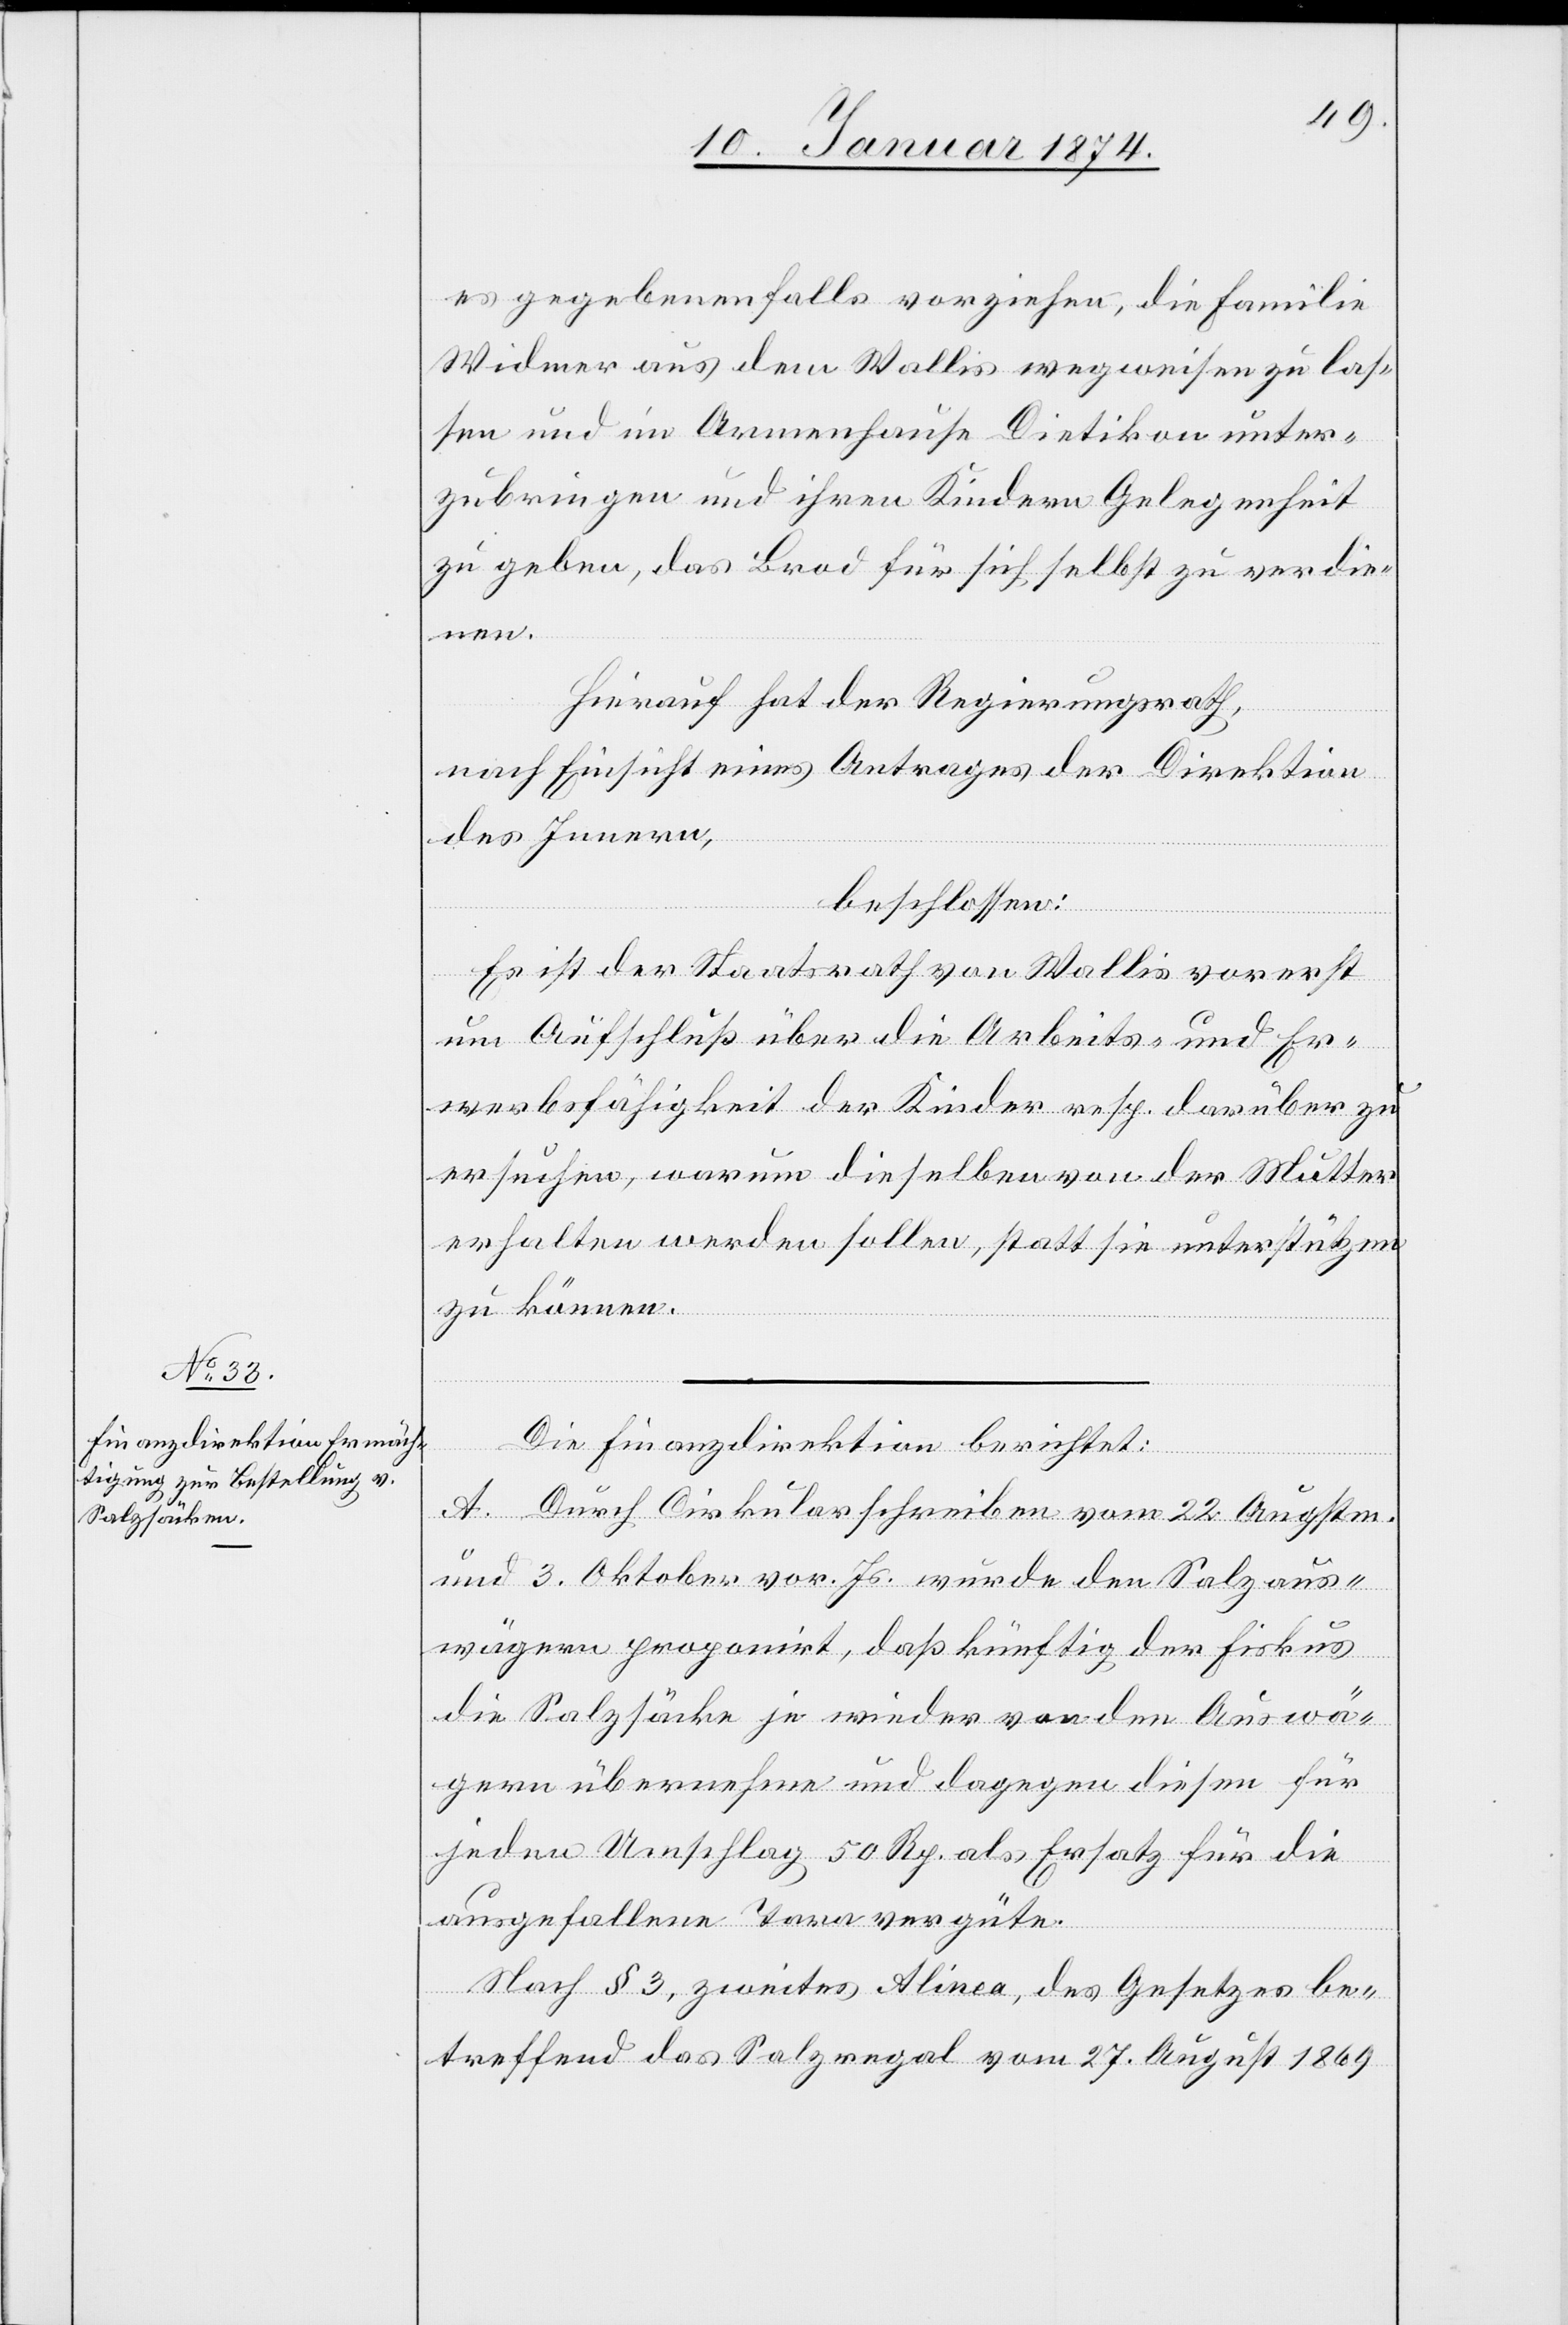
es gegebenenfalls vorziehen, die Familie
Widmer aus dem Wallis wegweisen zu las¬
sen und im Armenhause Dietikon unter¬
zubringen und ihren Kindern Gelegenheit
zu geben, das Brod für sich selbst zu verdie¬
nen.
Hierauf hat der Regierungsrath,
nach Einsicht eines Antrages der Direktion
des Innern,
beschlossen:
Es ist der Staatsrath von Wallis vorerst
um Aufschluß über die Arbeits- und Er¬
werbsfähigkeit der Kinder resp. darüber zu
ersuchen, warum dieselben von der Mutter
erhalten werden sollen, statt sie unterstützen
zu können.
Die Finanzdirektion berichtet:
A. Durch Cirkularschreiben vom 22. Augstm.
und 3. Oktober vor. Js. wurde den Salzaus¬
wägern proponirt, daß künftig der Fiskus
die Salzsäcke je wieder von den Auswä¬
gern übernehmen und dagegen diesen für
jeden Umschlag 50 Rp. als Ersatz für die
ausgefallenen Taxen vergüte.
Nach § 3, zweites Alinea, des Gesetzes be¬
treffend der Salzregel vom 27. August 1869